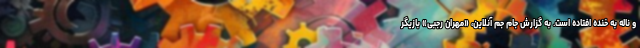
و ناله به خنده افتاده است. به گزارش جام جم آنلاین، «مهران رجبی» بازیگر